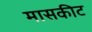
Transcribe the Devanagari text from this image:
मासकीट